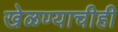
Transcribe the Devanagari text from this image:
खेळण्याचीही